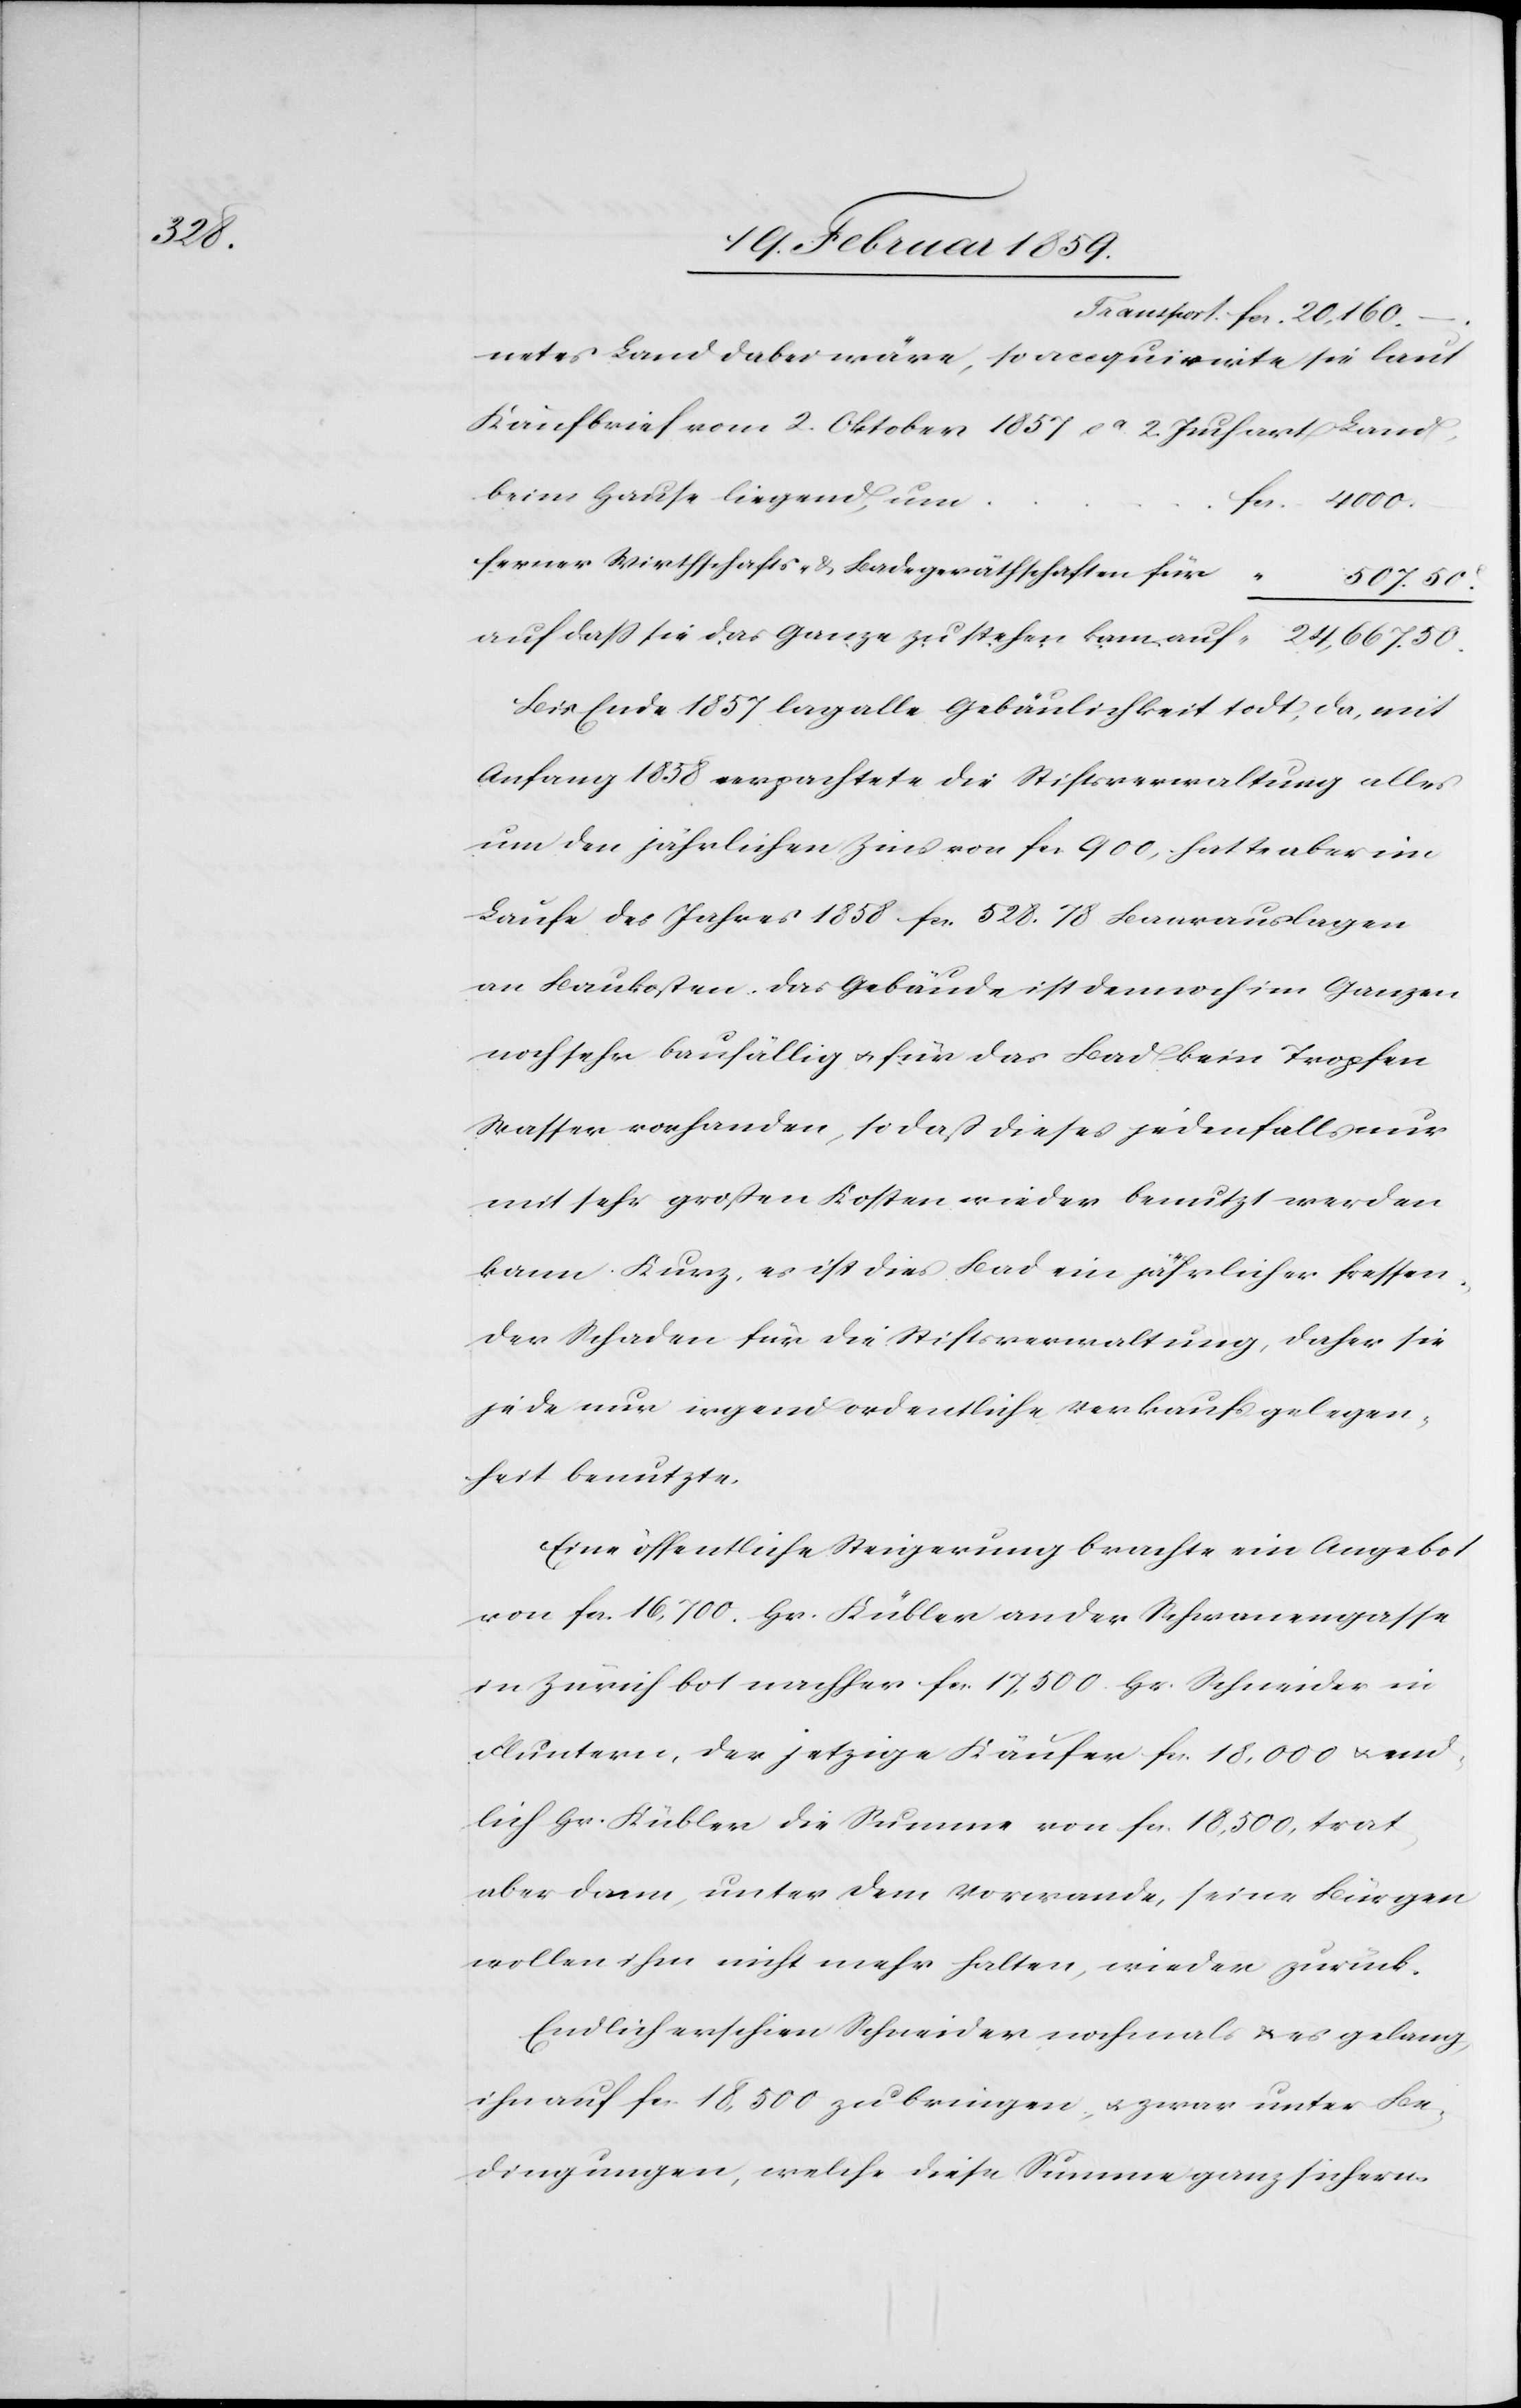
r

netes Land dabei wäre, so accquirirte sie laut
Kaufbrief vom 2. Oktober 1857 ca. 2 Juchart Land,
beim Hause liegend,
ferner Wirthschafts- & Ladegeräthschaften fü¬
507. 50
auf daß sie das Ganze zu stehen kam auf					 “ 24,667. 50.
Bis Ende 1857 lag alle Gebäulichkeit todt; da, mit
Anfang 1858 verpachtete die Stiftsverwaltung alles
um den jährlichen Zins von fcs. 900, hatte aber im
Laufe des Jahres 1858 fcs. 528. 78 Baarauslagen
an Baukosten. Das Gebäude ist dennoch im Ganzen
noch sehr baufällig u. für das Bad kein Tropfen
Wasser vorhanden, so daß dieses jedenfalls nur
mit sehr großen Kosten wieder benutzt werden
kann. Kurz, es ist dies Bad ein jährlicher fressen¬
der Schaden für die Stiftsverwaltung, daher sie
jede nur irgend ordentliche Verkaufsgelegen¬
heit benutzte.
Eine öffentliche Steigerung brachte ein Angebot
von fcs. 16,700. Hr. Kübler an der Schwanengasse
in Zürich bot nachher fcs. 17,500. Hr. Schneider in
Fluntern, der jetzige Käufer fcs. 18,000 u. end¬
lich Hr. Kübler die Summe von fcs. 18,500, trat
aber dann, unter dem Vorwande, seine Bürgen
wollen ihm nicht mehr halten, wieder zurück.
Endlich erschien Schneider nochmals u. es gelang,
ihn auf fcs. 18,500 zu bringen, u. zwar unter Be¬
dingungen, welche diese Summe ganz sichern.